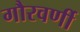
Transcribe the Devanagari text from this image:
गौरवर्णी